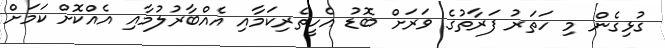
ގުޅިގެން މި ހަތަރު ފަރާތުގެ ވަރަށް ބޮޑު އެހީތެރިކަމާއި އެއްބާރުލުމާއި އެއްކޮށް ކަމަށް